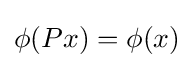
\phi (Px)=\phi (x)